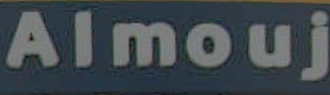
Almouj